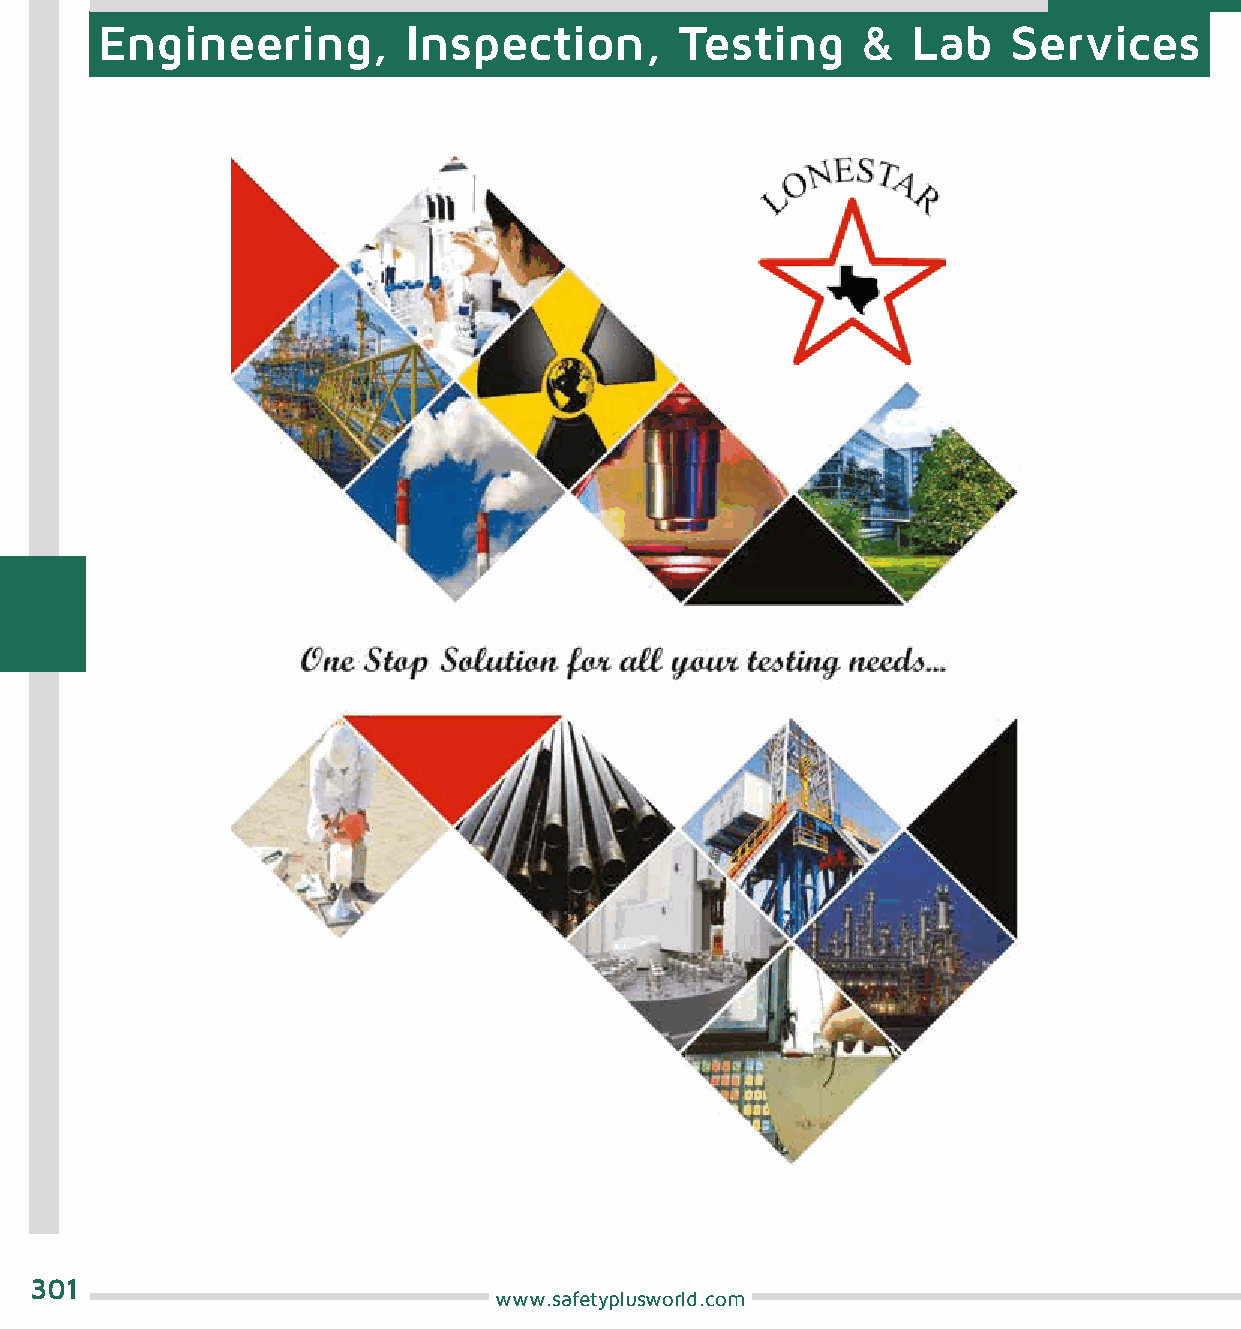
Engineering,         Inspection,       Testing     &  Lab    Services
 301
 www.safetyplusworld.com